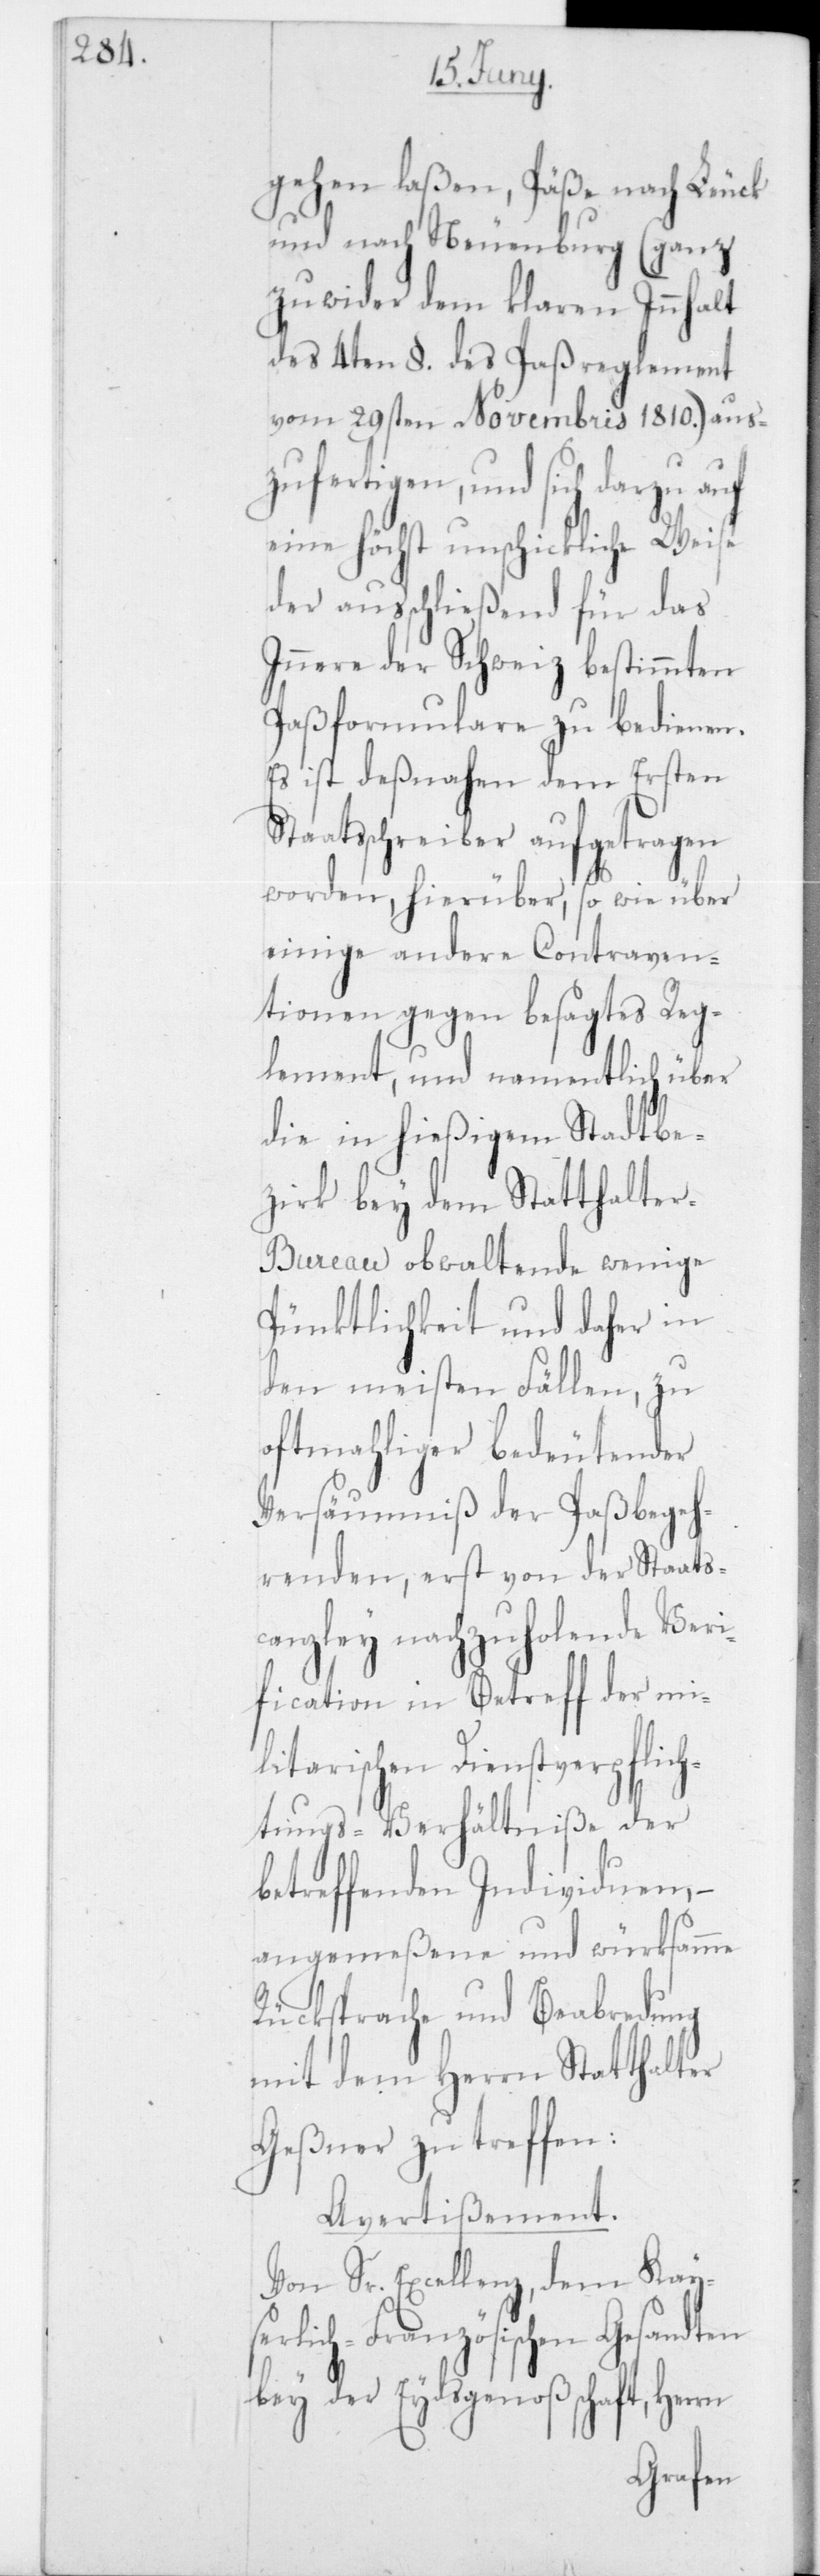
gehen laßen, Päße nach Leuck
und nach Neuenburg (ganz
zuwider dem klaren Innhalt
des 4ten § des Paßreglement
vom 29sten Novembris 1810) ausz¬
ufertigen und sich darzu
eine höchst unschickliche Weise
der ausschließend für das
Innere der Schweiz bestimmten
Paßformulare zu bedienen.
Es ist deßnahen dem Ersten
Staatsschreiber aufgetragen
worden, hierüber, so wie über
einige andere Contraven¬
tionen gegen besagtes Reg¬
lement, und namentlich über
die in hießigem Stadtbe¬
zirk bey dem Statthalte¬
r-Bureau obwaltende wenige
Pünktlichkeit und daher in
den meisten Fällen, zu
oftmahliger bedeutender
Versäumniß der Paßbegeh¬
renden, erst von der Staats¬
canzley nachzuholende Veri¬
fication in Betreff der mi¬
liärischen Dienstverpflich¬
tungs-Verhältniße der
betreffenden Individuen,
angemeßene und würksamme
Rücksprache und Beabredung
mit dem Herrn Statthalter
Geßner zu treffen:
Avertissement.
Von Sr. Excellenz, dem Kayser¬
lich-Französischen Gesandt¬
bey der Eydsgenoßenschaft, Herrn
en